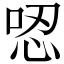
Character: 𠴍